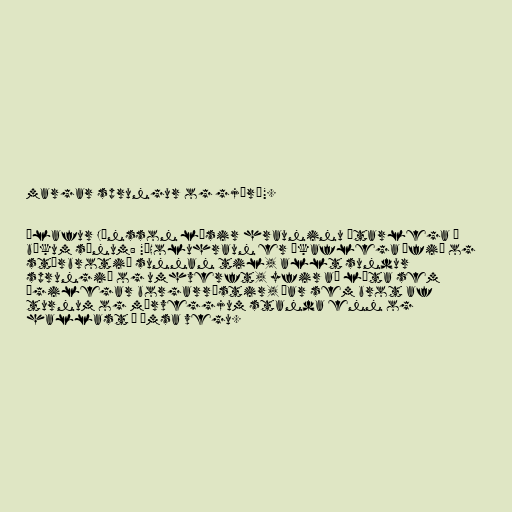
margar sprungur og gjár“".

Ólafur Jónsson lýsir hrauninu ýtarlega í
bókum sínum: "„Holuhraun er ákaflega úfið og
stórbrotið sunnan til, allt sundur
sprungið og umhverft, yfir að líta sem
ægilegar borgarrústir, þar sem brot af
turnum og múrveggjum standa enn og
hallast á ýmsa vegu.